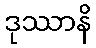
ဒုဿာနိ